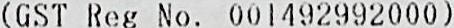
(GST REG NO. 001492992000)